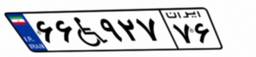
۶۶W۹۲۷۷۶